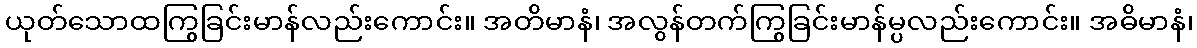
ယုတ်သောထကြွခြင်းမာန်လည်းကောင်း။ အတိမာနံ၊ အလွန်တက်ကြွခြင်းမာန်မ္ပလည်းကောင်း။ အဓိမာနံ၊